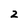
Character: 2